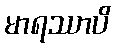
မာရဿာပိ